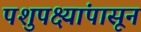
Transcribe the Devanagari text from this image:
पशुपक्ष्यांपासून